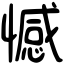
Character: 憾